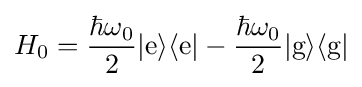
H_{0}={\frac {\hbar \omega _{0}}{2}}|{\text{e}}\rangle \langle {\text{e}}|-{\frac {\hbar \omega _{0}}{2}}|{\text{g}}\rangle \langle {\text{g}}|